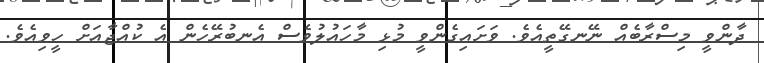
ދާންވީ މިސްރާބެއް ނޭނގޭތީއެވެ. ވަށައިގެންވީ މުޅި މާހައުލުވެސް އެނބުރޭހެން އެ ކުއްޖާއަށް ހީވިއެވެ.